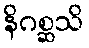
နိဂစ္ဆသိ